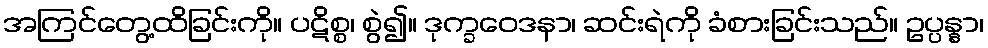
အကြင်တွေ့ထိခြင်းကို။ ပဋိစ္စ၊ စွဲ၍။ ဒုက္ခဝေဒနာ၊ ဆင်းရဲကို ခံစားခြင်းသည်။ ဥပ္ပန္နာ၊